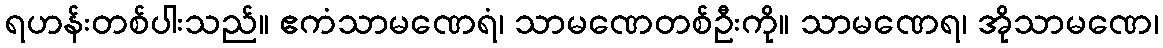
ရဟန်းတစ်ပါးသည်။ ဧကံသာမဏေရံ၊ သာမဏေတစ်ဦးကို။ သာမဏေရ၊ အိုသာမဏေ၊